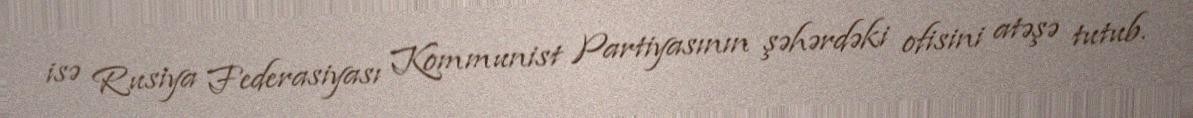
isə Rusiya Federasiyası Kommunist Partiyasının şəhərdəki ofisini atəşə tutub.